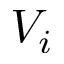
V _ { i }